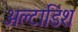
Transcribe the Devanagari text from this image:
अल्टाडिश